Vaccination in Bombay 1889-1901 - 1889-1901
Year: 1889
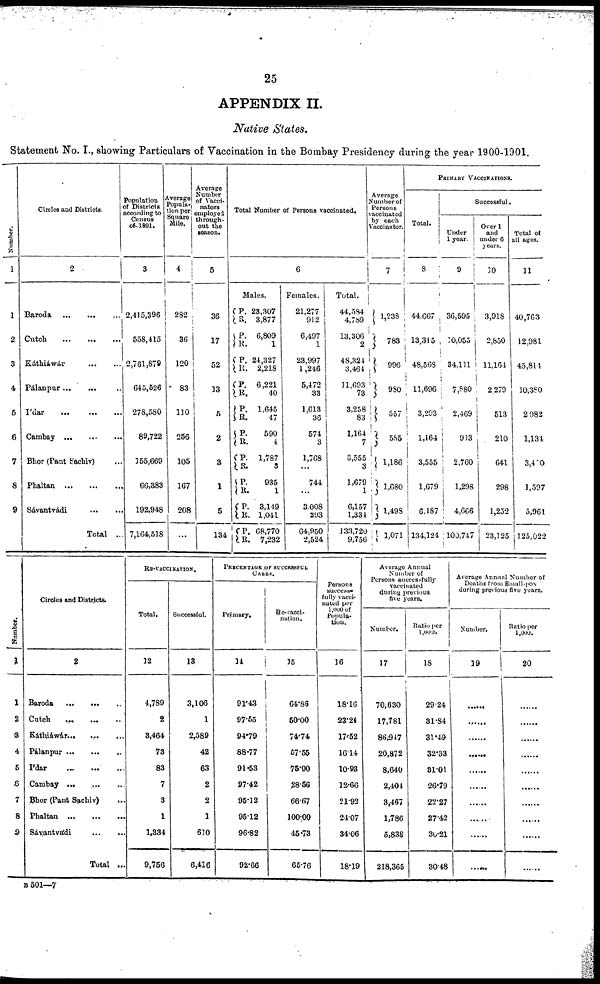
25
APPENDIX II.
Native States.
Statement No. I., showing Particulars of Vaccination in the Bombay Presidency during the year 1900-1901.
Number.
1
1
2
3
4
6
6
7
8
9
Circles and Districts.
2
Baroda
...
...
...
Cutch
...
...
...
Káthiáwár
...
...
Pálanpur ... ... ...
I'dar
...
...
...
Cambay
...
...
...
Bhor (Pant Sachiv) ...
Phaltan
...
...
...
Sávantvádi
...
...
Total ...
Population
of Districts
according to
Census
of 1891.
3
2,415,396
558,415
2,761,879
645,526
278,580
89,722
155,669
66,383
192,948
7,164,518
Average
Popula-
tion per
Square
Mile.
4
282
36
120
83
110
256
105
167
208
134
Average
Number
of Vacci-
nators
employed
through-
out the
season.
5
36
17
52
13
5
2
3
1
5
134
Total Number of Persons vaccinated.
6
Males.
P.
R.
P.
R.
P.
R. P.
R.
P.
R.
P.
R.
P.
R.
P.
R.
P.
R.
P.
R.
23,307
3,877
6,809
1
24,327
2,218
6,221
40
1,645
47
590
4
1,787
3
935
1
3,149
1,041
68,770
7,232
Females.
21,277
912
6,497
1
23,997
1,246
5,472
33
1,613
36
574
3
1,768
...
744
...
3,008
293
64,950
2,524
Total.
44,584
4,789
13,306
2
48,324
3,464
11,693
73
3,258
83
1,164
7
3,555
3
1,679
1
6,157
1,334
133,720
9,756
Average
Number of
Persons
vaccinated
by each
Vaccinator.
7
1,238
783
996
980
557
585
1,186
1,680
1,498
1,071
PRIMARY VACCINATIONS.
Total.
8
Successful.
Under
1 year.
9
44,667
13,315
48,568
11,696
3,293
1,164
3,555
1,679
6,187
134,124
36,595
10,055
34,111
7,880
2,469
913
2,760
1,298
4,666
100,747
Over 1
and
under 6
years.
10
3,918
2,850
11,164
2,279
513
210
641
298
1,252
23,125
Total of
all ages.
11
40,763
12,981
45,814
10,380
2,982
1,134
3,400
1,597
5,961
125,022
Number.
1
1
2
3
4
5
6
7
8
9
Circles and Districts.
2
Baroda
...
...
..
Cutch
...
...
..
Káthiáwár... ... ...
Pálanpur
...
...
...
I'dar
...
...
...
Cambay
...
...
...
Bhor (Pant Sachiv) ...
Phaltan
...
...
...
Sávantvádi ... ...
Total ...
RE-VACCINATION.
Total.
12
4,789
2
8,464
73
83
7
3
1
1,334
9,756
Successful.
13
3,106
1
2,589
42
63
2
2
1
610
6,416
PERCENTAGE OF SUCCESSFUL
CASES.
Primary.
14
9l.43
97.55
94.79
88.77
91.53
97.42
95.12
95.12
96.82
92.66
Re-vacci-
nation.
15
64.86
60.00
74.74
57.55
75.90
28.56
66.67
100.00
45.73
65.76
Persons
success-
fully vacci-
nated per
1,000 of
Popula-
tion.
16
18.16
23.24
17.52
16.14
10.93
12.66
21.92
24.07
34.06
18.19
Average Annual
Number of
Persons successfully
vaccinated
during previous
five years.
Number.
17
70,630
17,781
86,947
20,872
8,640
2,404
3,467
1,786
5,838
218,365
Ratio per
1,000.
18
29.24
31.84
31.49
32.33
31.01
26.79
22.27
27.42
30.21
30.48
Average Annual Number of
Deaths from Small-pox
during previous five years.
Number.
19
......
......
......
......
......
......
......
......
......
......
Ratio per
l,000.
20
......
......
......
......
......
......
......
......
......
......
B 501—7